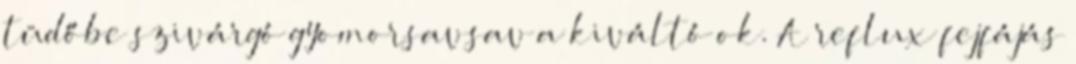
tüdőbe szivárgó gyomorsavsav a kiváltó ok. A reflux fejfájás